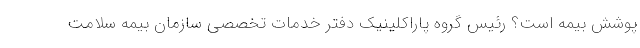
پوشش بیمه است؟ رئیس گروه پاراکلینیک دفتر خدمات تخصصی سازمان بیمه سلامت